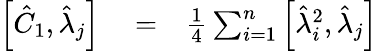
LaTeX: \begin{array}{rlr}{\left[\hat{C}_{1},\hat{\lambda}_{j}\right]}&{{}=}&{\frac{1}{4}\sum_{i=1}^{n}\left[\hat{\lambda}_{i}^{2},\hat{\lambda}_{j}\right]}\end{array}